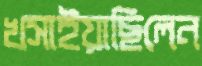
খসাইয়াছিলেন